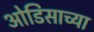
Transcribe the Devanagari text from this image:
ओडिसाच्या